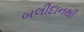
બલીદાનથી